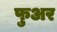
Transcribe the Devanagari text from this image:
फुअर